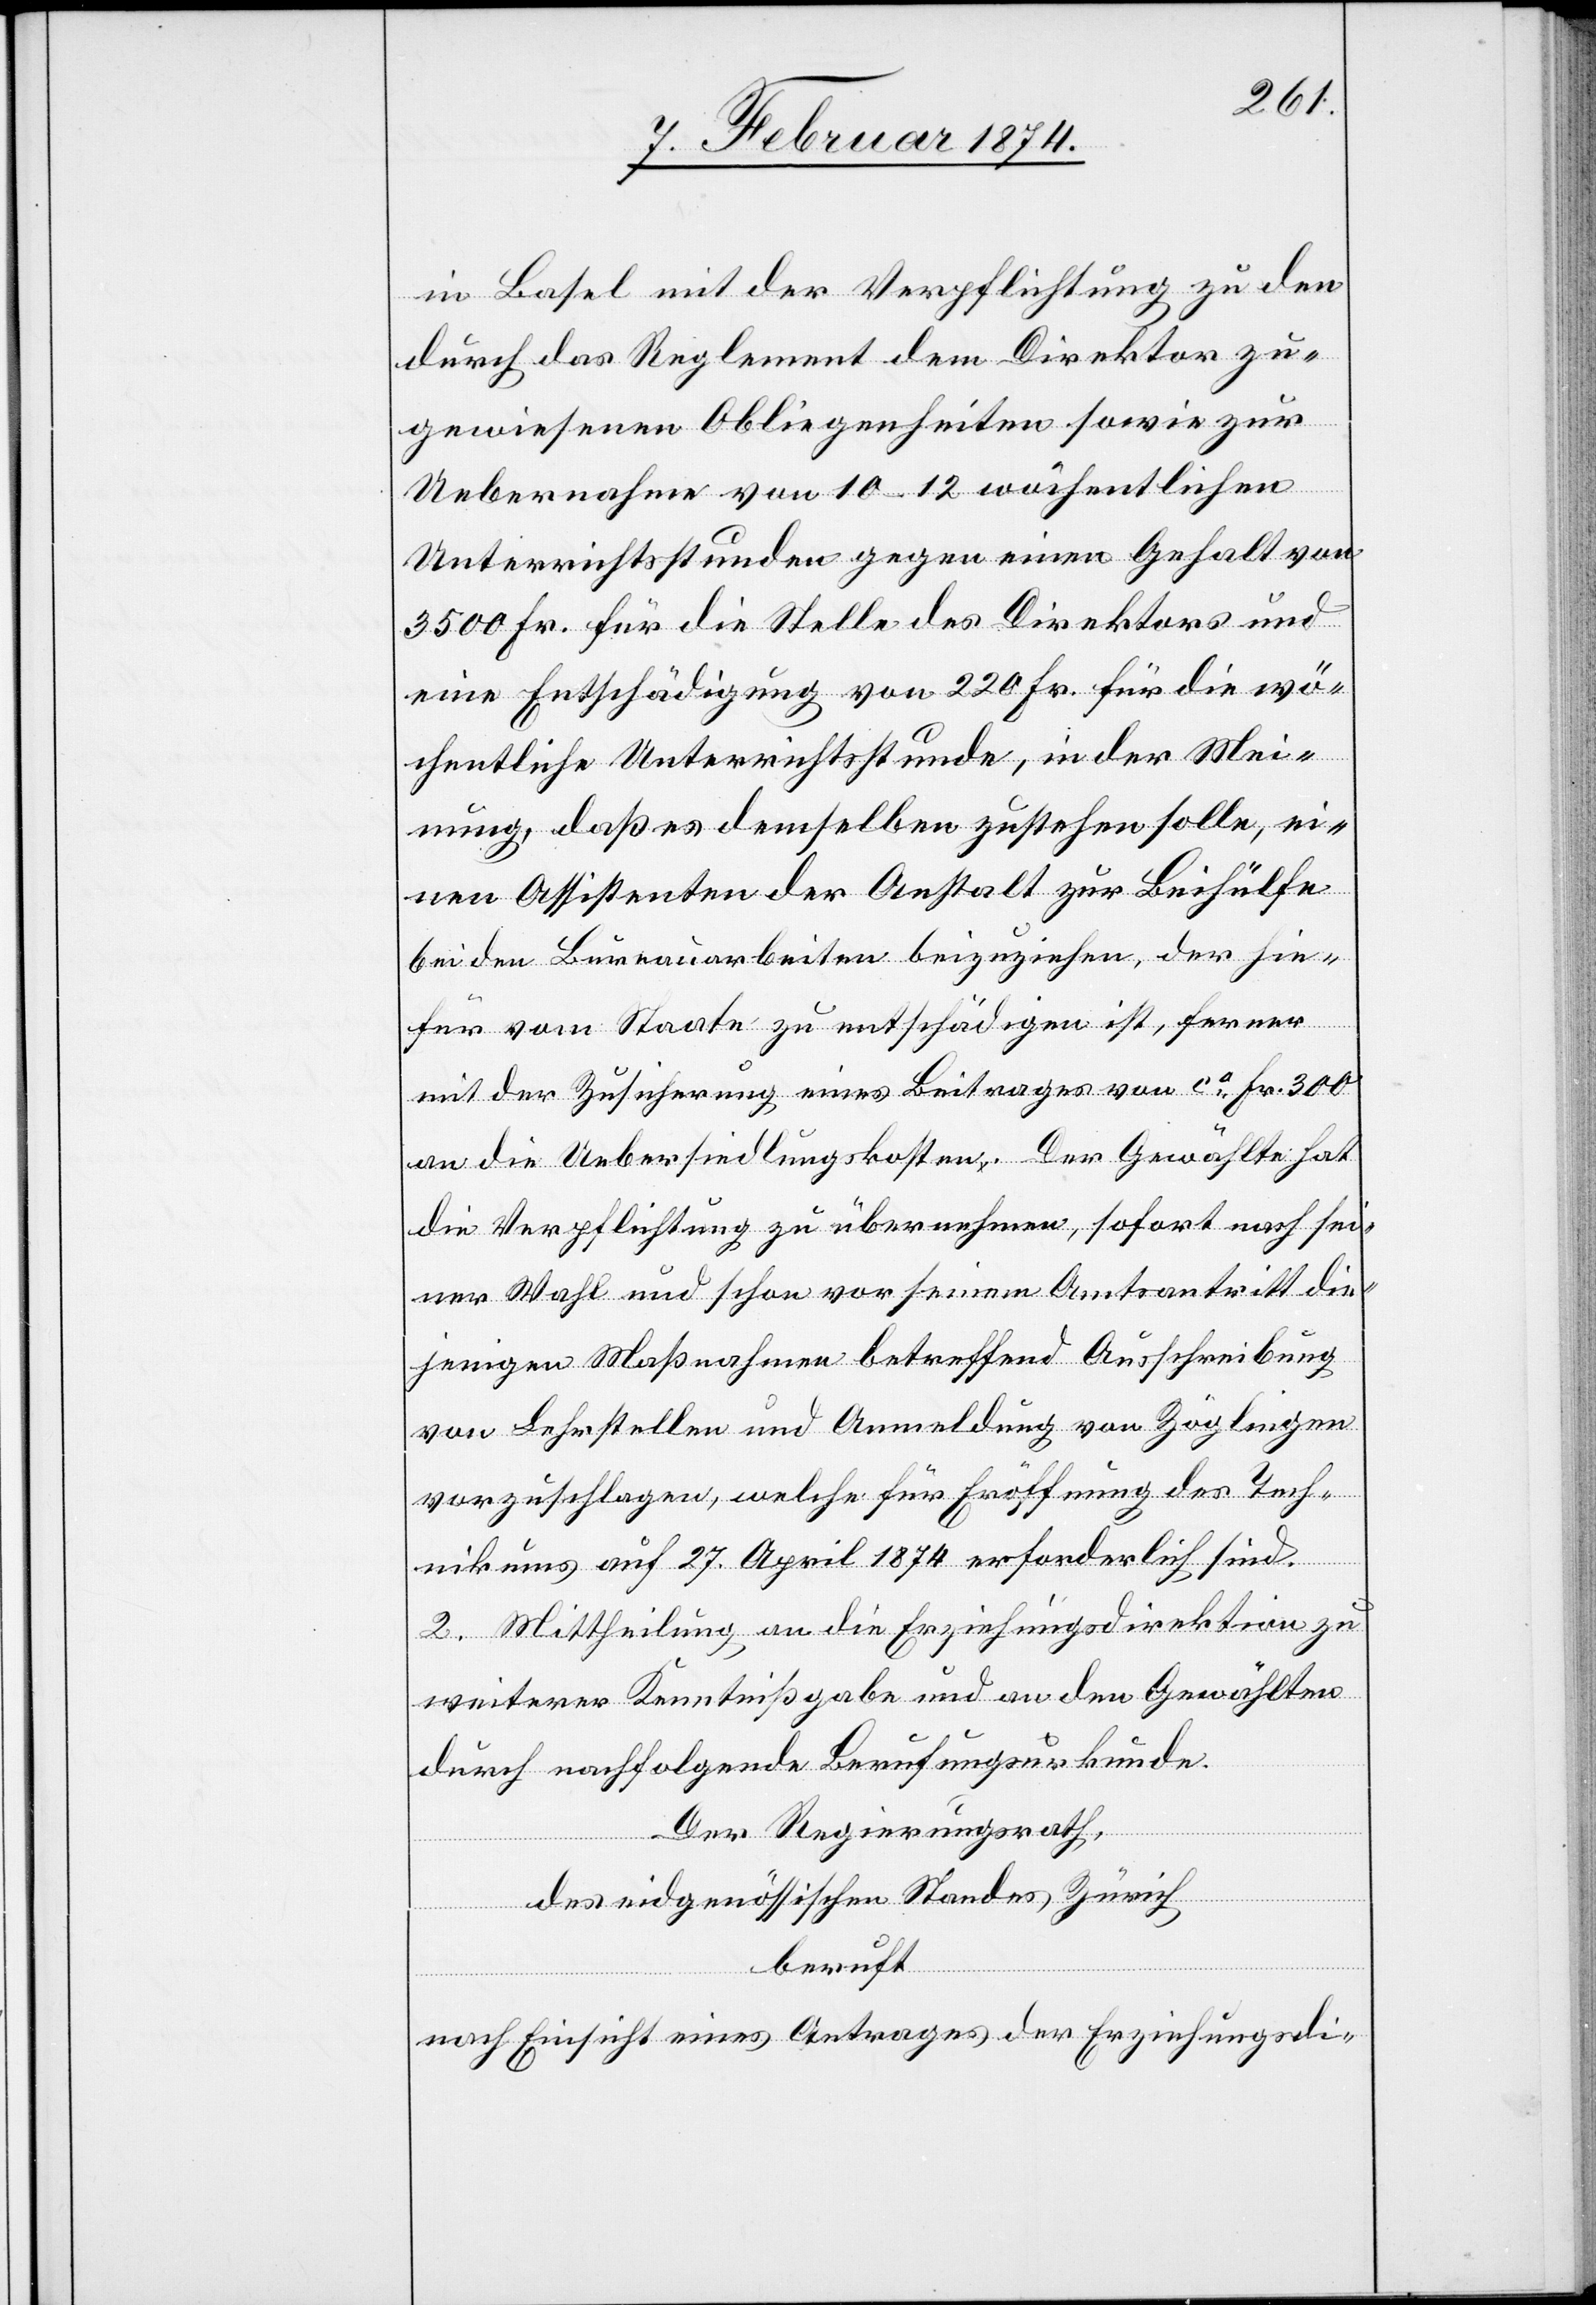
in Basel mit der Verpflichtung zu den
durch das Reglement dem Direktor zu¬
gewiesenen Obliegenheiten sowie zur
Uebernahme von 10–12 wöchentlichen
Unterrichtsstunden gegen einen Gehalt von
3500 Fr. für die Stelle des Direktors und
eine Entschädigung von 220 Fr. für die wö¬
chentliche Unterrichtsstunde, in der Mei¬
nung, daß es demselben zustehen solle, ei¬
nen Assistenten der Anstalt zur Beihülfe
bei den Bureauarbeiten beizuziehen, der hie¬
für vom Staate zu entschädigen ist, ferner
mit der Zusicherung eines Beitrages von ca Fr. 300
an die Uebersiedlungskosten. Der Gewählte hat
die Verpflichtung zu übernehmen, sofort nach sei¬
ner Wahl und schon vor seinem Amtsantritt die¬
jenigen Maßnahmen betreffend Ausschreibung
von Lehrstellen und Anmeldung von Zöglingen
vorzuschlagen, welche für Eröffnung des Tech¬
nikums auf 27. April 1874 erforderlich sind.
2. Mittheilung an die Erziehungsdirektion zu
weiterer Kenntnißgabe und an den Gewählten
durch nachfolgende Berufungsurkunde.
Der Regierungsrath,
des eidgenössischen Kantons Zürich
beruft
nach Einsicht eines Antrages der Erziehungsdi-